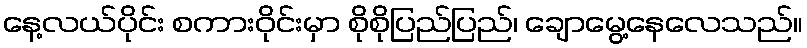
နေ့လယ်ပိုင်း စကားဝိုင်းမှာ စိုစိုပြည်ပြည်၊ ချောမွေ့နေလေသည်။